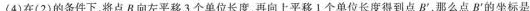
(4)在(2)的条件下，将点B向左平移3个单位长度，再向上平移1个单位长度得到点B'，那么点B'的坐标是___